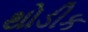
થોડીક